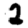
Digit: 2